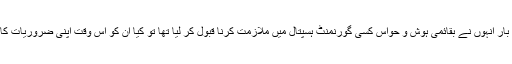
لیکن جب ایک بار انہوں نے بقائمی ہوش و حواس کسی گورنمنٹ ہسپتال میں ملازمت کرنا قبول کر لیا تھا تو کیا ان کو اس وقت اپنی ضروریات کا ادراک نہ تھا؟